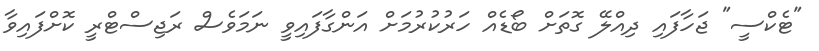
"ޓެކްސީ" ޖަހާފައި ދިއްލޭ ގޮތަށް ބޯޑެއް ހަރުކުރުމަށް އަންގާފައިވީ ނަމަވެސް ރަޖިސްޓްރީ ކޮށްފައިވާ